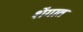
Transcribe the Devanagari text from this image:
शेंगात